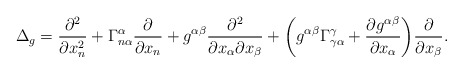
\begin{align*} \Delta_g & = \frac{\partial^2 }{\partial x_n^2} + \Gamma^\alpha_{n\alpha} \frac{\partial }{\partial x_n} + g^{\alpha\beta} \frac{\partial^2}{\partial x_\alpha\partial x_\beta} + \biggl( g^{\alpha\beta} \Gamma^\gamma_{\gamma\alpha} + \frac{\partial g^{\alpha\beta}}{\partial x_\alpha} \biggr) \frac{\partial }{\partial x_\beta}.\end{align*}